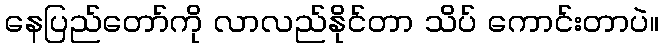
နေပြည်တော်ကို လာလည်နိုင်တာ သိပ် ကောင်းတာပဲ။